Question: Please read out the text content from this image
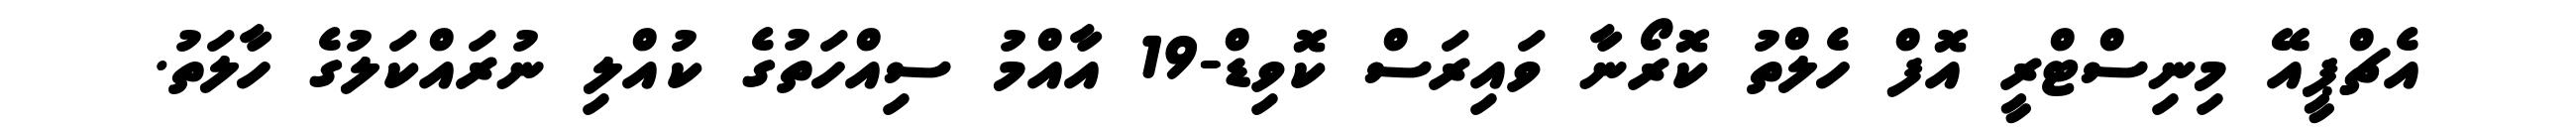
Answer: އެޗްޕީއޭ މިނިސްޓްރީ އޮފް ހެލްތު ކޮރޯނާ ވައިރަސް ކޮވިޑް-19 އާއްމު ސިއްހަތުގެ ކުއްލި ނުރައްކަލުގެ ހާލަތު.